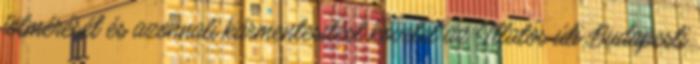
fölmérését és azonnali kármentesítést követel az Illatos úti Budapesti